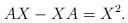
LaTeX: \begin{align*} AX-XA=X^2. \end{align*}